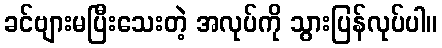
ခင်ဗျားမပြီးသေးတဲ့ အလုပ်ကို သွားပြန်လုပ်ပါ။